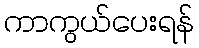
ကာကွယ်ပေးရန်